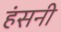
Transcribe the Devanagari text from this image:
हंसनी